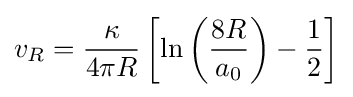
v_{R}={\frac {\kappa }{4\pi R}}\left[\ln {\left({\frac {8R}{a_{0}}}\right)}-{\frac {1}{2}}\right]